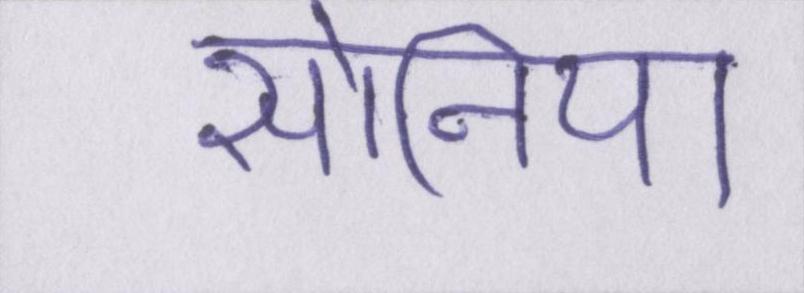
सोनिया